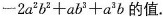
$$- 2 a ^ { 2 } b ^ { 2 } + a b ^ { 3 } + a ^ { 3 } b$$的值.